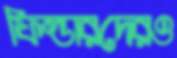
ফিল্ডারদেরও